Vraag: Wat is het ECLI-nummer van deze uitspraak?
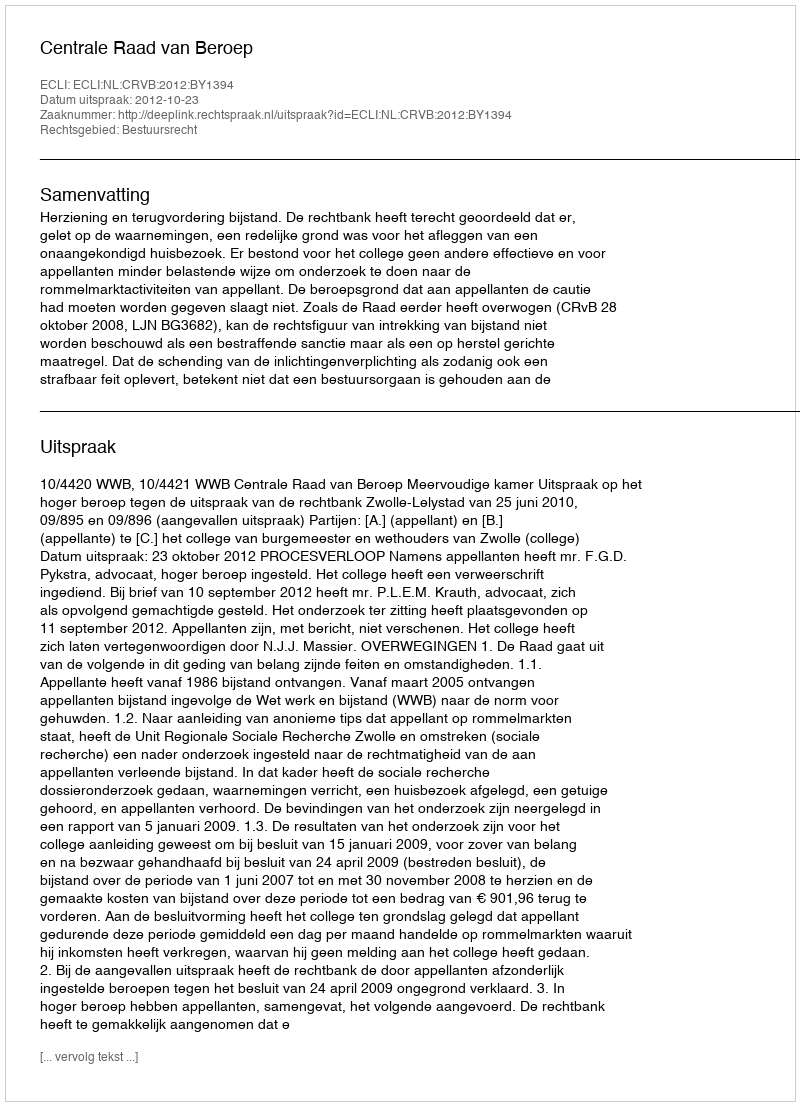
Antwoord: ECLI:NL:CRVB:2012:BY1394